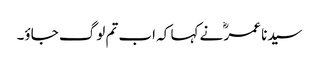
سیدنا عمرؓ نے کہا کہ اب تم لوگ جاؤ۔